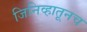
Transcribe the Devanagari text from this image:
जिनिव्हातूनच